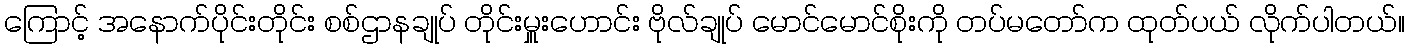
ကြောင့် အနောက်ပိုင်းတိုင်း စစ်ဌာနချုပ် တိုင်းမှူးဟောင်း ဗိုလ်ချုပ် မောင်မောင်စိုးကို တပ်မတော်က ထုတ်ပယ် လိုက်ပါတယ်။